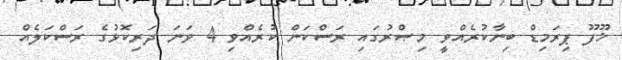
ޚޫފޫ ޕިރަމިޑް ބިނާކުރެއްވީ މިޞްރުގައި ރަސްކަން ކުރެއްވި 4 ވަނަ ދަރިކޮޅުގެ ރަސްކަލެއް